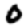
Digit: 0